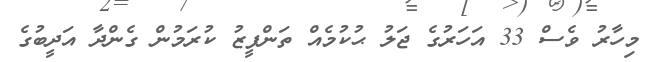
މިހާރު ވެސް 33 އަހަރުގެ ޖަލު ޙުކުމެއް ތަންފީޒު ކުރަމުން ގެންދާ އަދީބުގެ